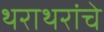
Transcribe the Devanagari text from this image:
थराथरांचे